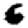
Digit: 6